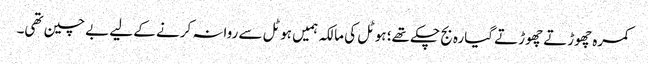
کمرہ چھوڑتے چھوڑتے گیارہ بج چکے تھے؛ ہوٹل کی مالکہ ہمیں ہوٹل سے روانہ کرنے کے لیے بے چین تھی۔